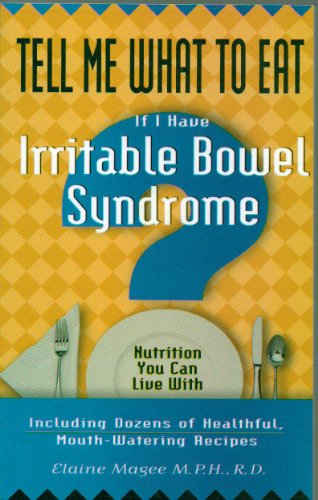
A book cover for Tell Me What to Eat If I Have Irritable Bowel Syndrome - Nutrition You Can Live With - Including Dozens of Healthful, Mouth-Watering Recipes Cookbook Cook Book - Paperback - 2000 Edition; Health, Fitness & Dieting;